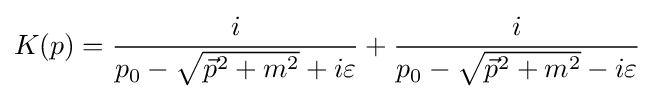
K(p)={\frac {i}{p_{0}-{\sqrt {{\vec {p}}^{2}+m^{2}}}+i\varepsilon }}+{\frac {i}{p_{0}-{\sqrt {{\vec {p}}^{2}+m^{2}}}-i\varepsilon }}